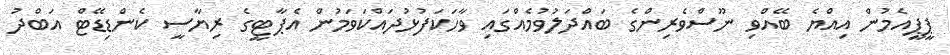
ޕީޕީއެމުން އިއްޔެ ބޭއްވި ނޫސްވެރިންގެ ބައްދަލުވުމެއްގައި ވާހަކަފުޅުދައްކަވަމުން އެޕާޓީގެ ރިޔާސީ ކެންޑިޑޭޓް އަބްދު